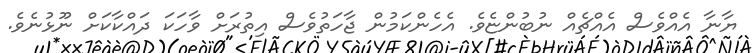
ޔާނާ އެއްވެސް އެއްޗެއް ނުބުންޏެވެ. އެހެންކަމުން ޖާހަތުވެސް އިތުރަށް ވާހަކަ ދައްކާކަށް ނޫޅުނެވެ.